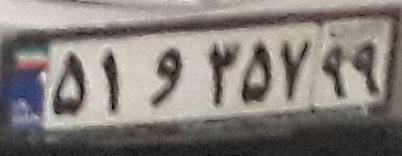
۵۱و۳۵۷۹۹